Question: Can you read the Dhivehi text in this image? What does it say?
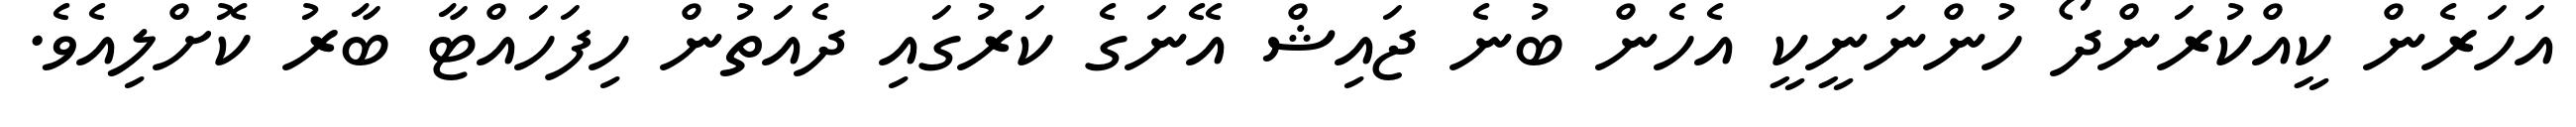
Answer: އަހަރެން ކީއްކުރަންދޯ ހުންނަނީކީ އެހެން ބުނެ ޖައިޝް އޭނަގެ ކަރުގައި ދެއަތުން ހިފަހައްޓާ ބާރު ކޮށްލިއެވެ.